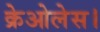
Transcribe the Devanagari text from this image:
क्रेओलेस।